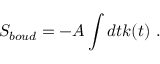
S _ { b o u d } = - A \int d t k ( t ) \ .